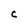
Character: C